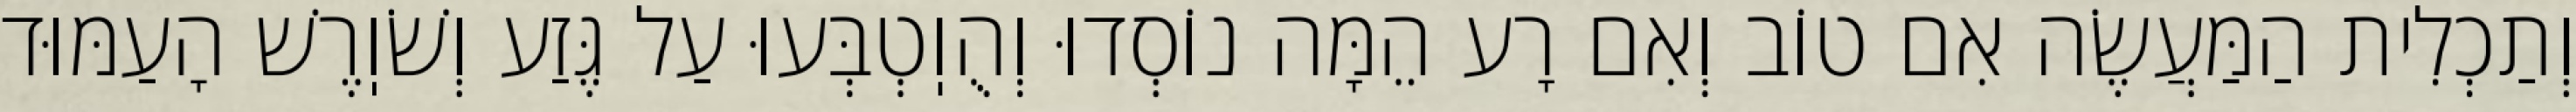
וְתַכְלִית הַמַּעֲשֶׂה אִם טוֹב וְאִם רָע הֵמָּה נוֹסְדוּ וְהֻוֽטְבְּעוּ עַל גֶּזַע וְשֹׁוֽרֶשׁ הָעַמּוּד